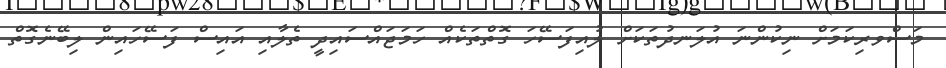
މަސްވރިކަމަށް ނިކުންނަ އުލަނދުތަކަށް ލުއިފަސޭހަ ގޮތްތަކެއް ހަމަޖައްސައިދީ ތެލާއި އައިސް ފަސޭހައިން ލިބޭނެގޮތް